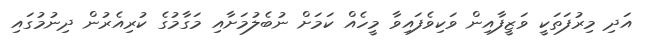
އަދި މިރުފަތަކީ ވަޒީފާއިން ވަކިވެފައިވާ މީހެއް ކަމަށް ނުބެލުމަށާއި މަގާމުގެ ކުރިއެރުން ދިނުމުގައި